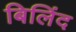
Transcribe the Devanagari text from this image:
बिलिंद